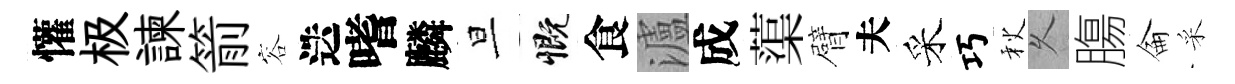
懽极諫箭容迭嗜麟旦慨食瀘成蕖臂夫采巧秋乆膓侖采